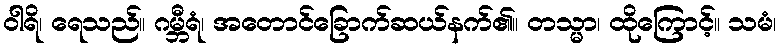
ဝါရိ၊ ရေသည်။ ဂမ္ဘီရံ၊ အတောင်ခြောက်ဆယ်နက်၏။ တသ္မာ၊ ထိုကြောင့်။ သမံ၊